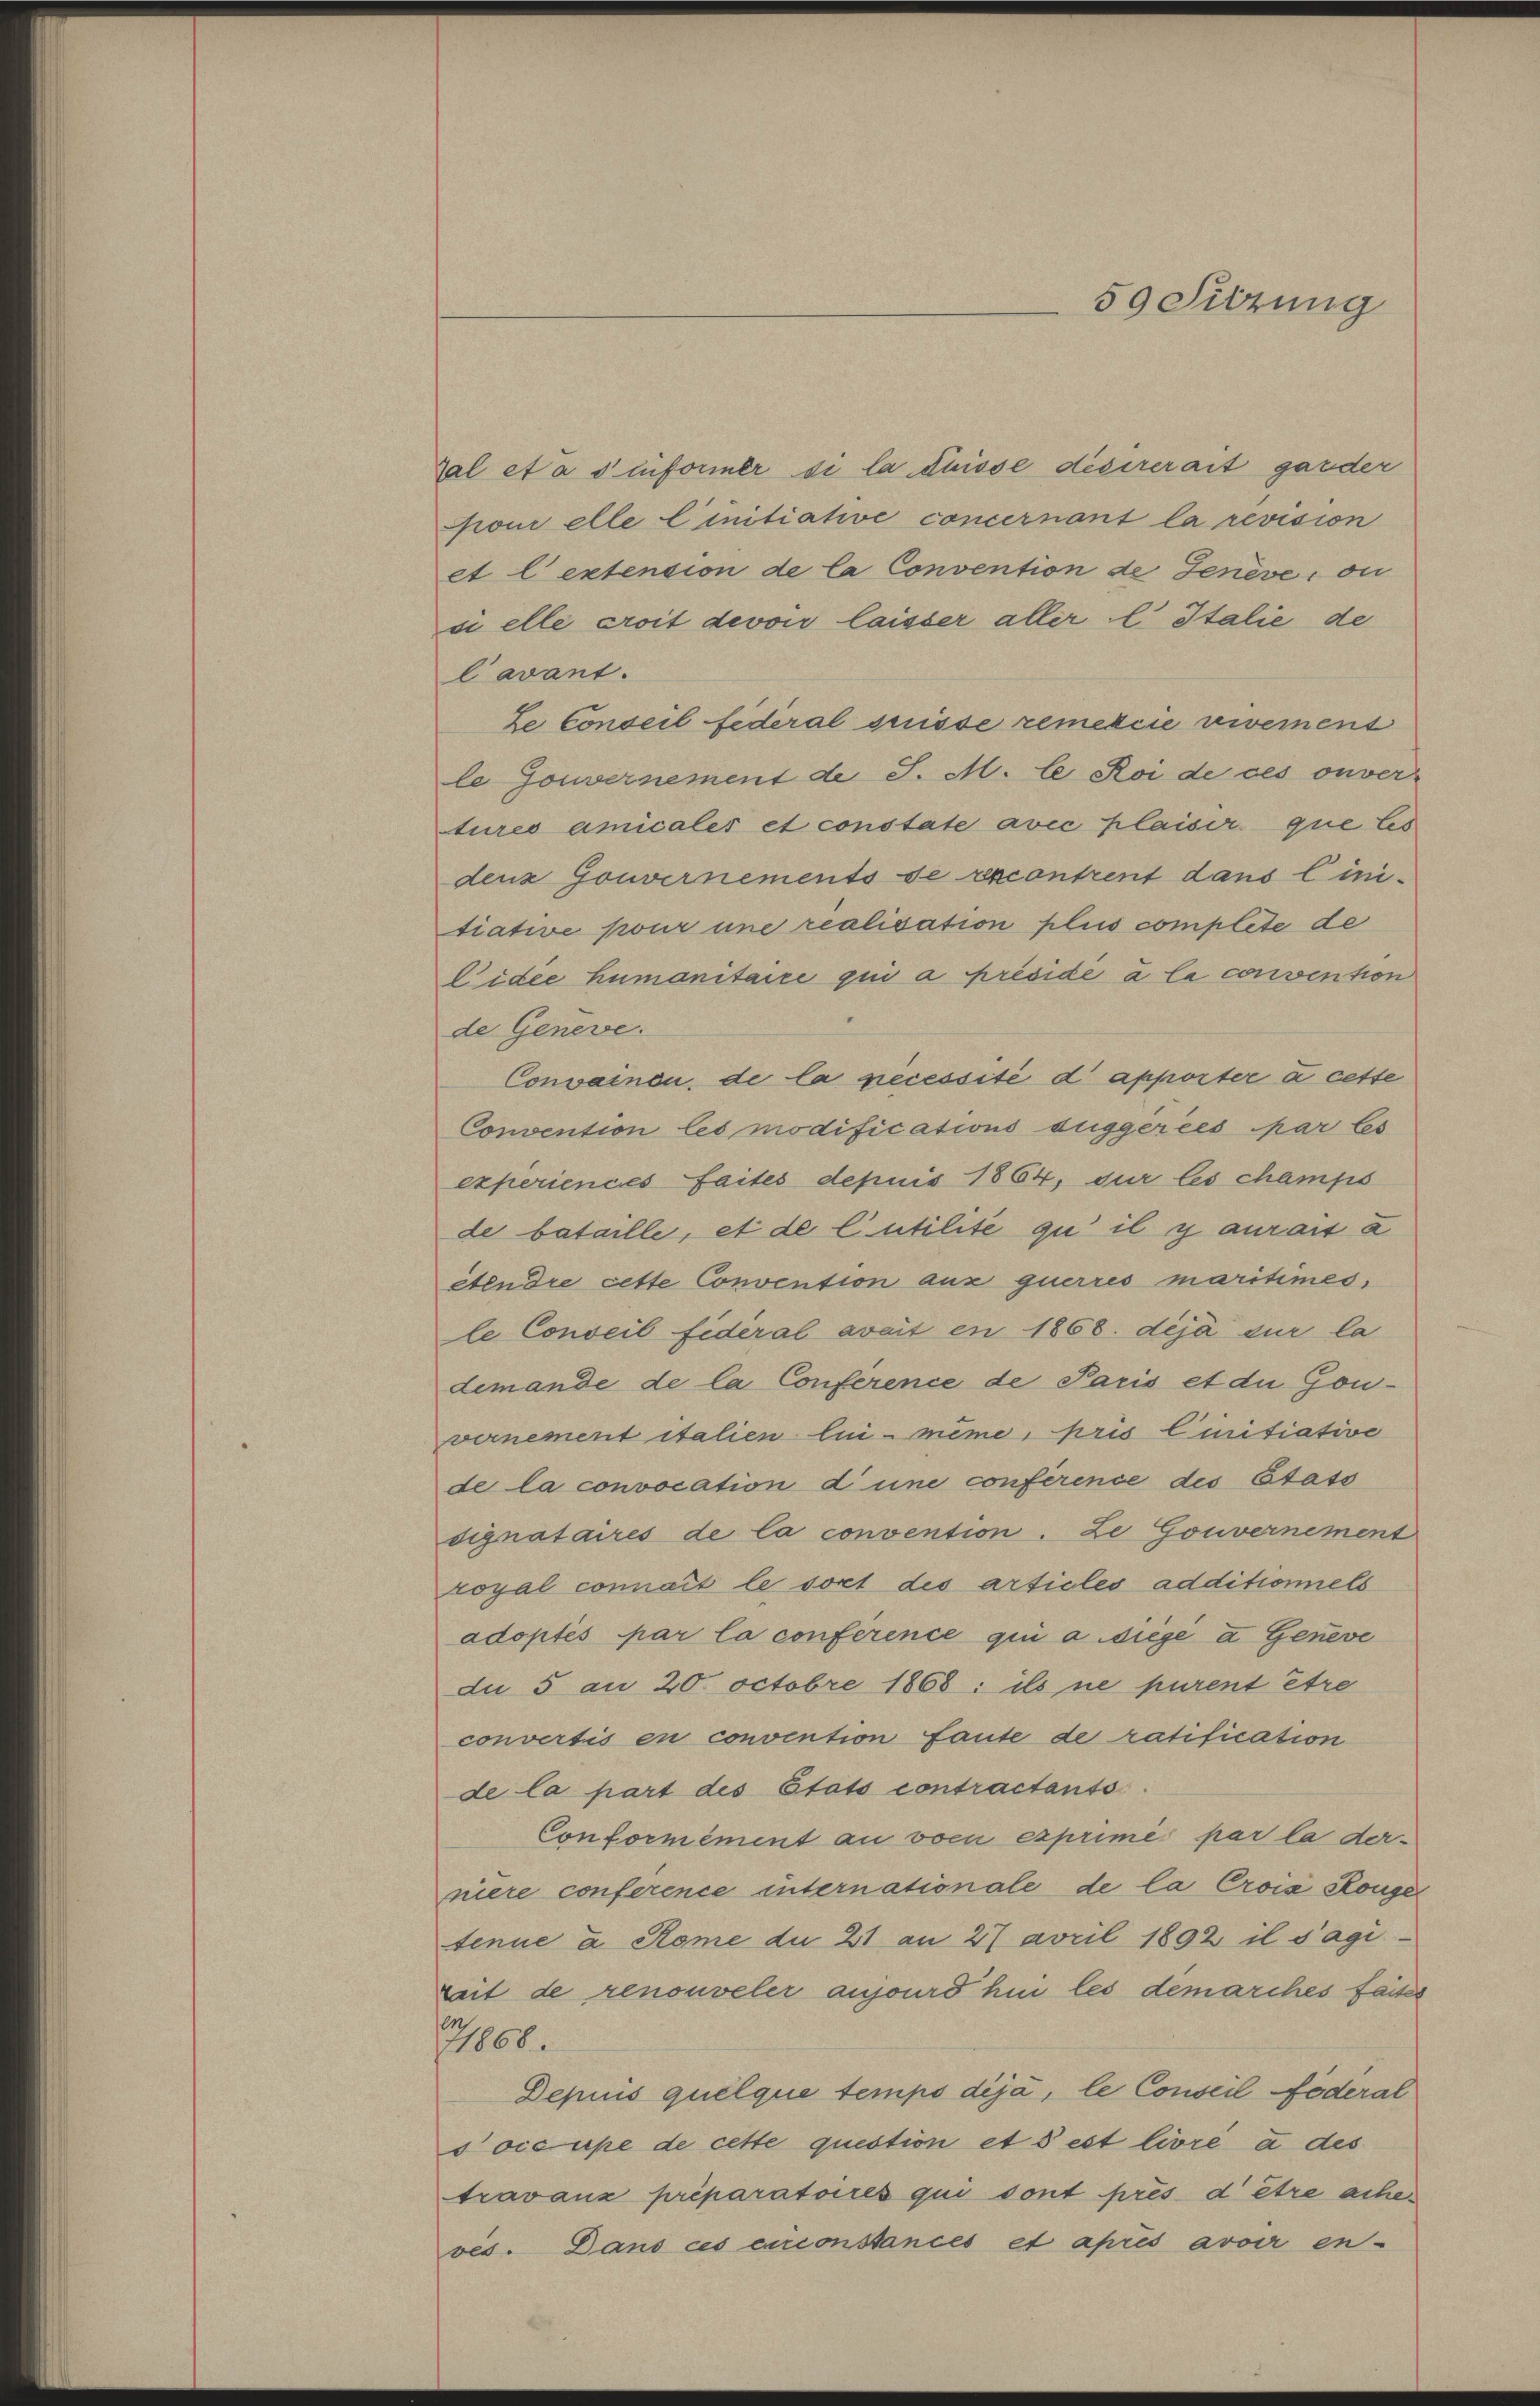
59 Sitzung

Gal et à seformer de la Suisse désirerait garder
poni elle linitiative concernant la revision
et lextension de la Convention de Jenève, ou
si elle croit devoir laisser aller l. Italie de
Cavant.
ze Conseil federal Suisse remetiie vivement
le Gouvernement de S. M. l Roi de ces ouver-
Aures amicales et constate avec plaiser que les
denz Gouvernements de excontrent dans linitiative pour une realisation plus complete de
Eidee humanitaire qui a présidé a la convention
de Geneve.
Convainen, de la necessité d’apporter à cette
Convention les modifications duggercés par les
experiences faites depuis 1864, sur les champs
de bataille, et de Cutilite qu’ il y aurait a
étendre cette Convention aus guerres maritimes,
le Conseil fideral avait en 1868. déjà sur la
demande de la Conference de Paris et die Gou-
vernement italien lui-même, pris Cinitiative
de la convocation d’une conférence des Etats
signataires de la convention. Le Gouvernement
royal connait le sort des articles additionnels
adoptés par la conference qui a sige a Geneve
du 5 an 20. Octobre 1868: ils ne purent être
convertis en convention faute de ratification
de la part des Etats contractants.
Conformément au von exprimé par la der-
niere conference internationale de la Crois Stange
tenue a Rome du 21 an 27 avril 1892 il s’agi
reit de renouveler ausfourd hin les demarches faits
7766
Depuis quelque tempo dija, le Conseil foderal
s occupe de cette question et s’est livre à des
travanz préparatoires qui sont prés d être achen
ves. Dans ces circonstances et après avoir en-